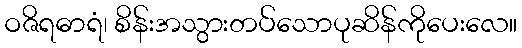
ဝဇိရဓာရံ၊ စိန်းအသွားတပ်သောပုဆိန်ကိုပေးလေ။